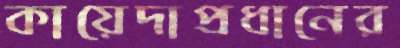
কায়েদাপ্রধানের